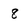
Character: 8